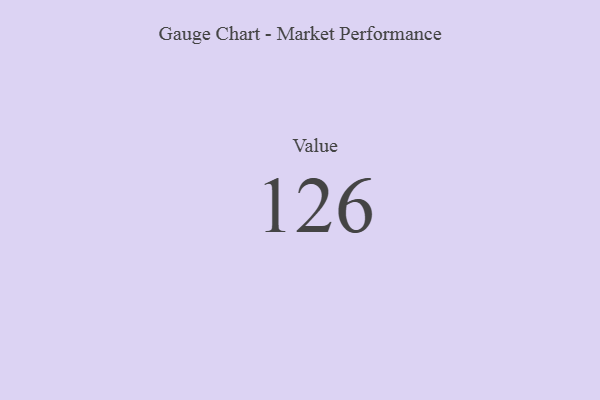
{"axis": {"x": "Metric", "y": "Value"}, "legend": [""], "data": [{"x": "Value", "y": 126, "type": ""}]}